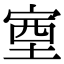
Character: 𡨾